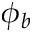
\phi _ { b }